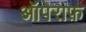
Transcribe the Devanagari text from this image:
ऑपेराफ़